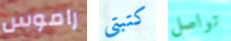
راموس كتبتي تواصل